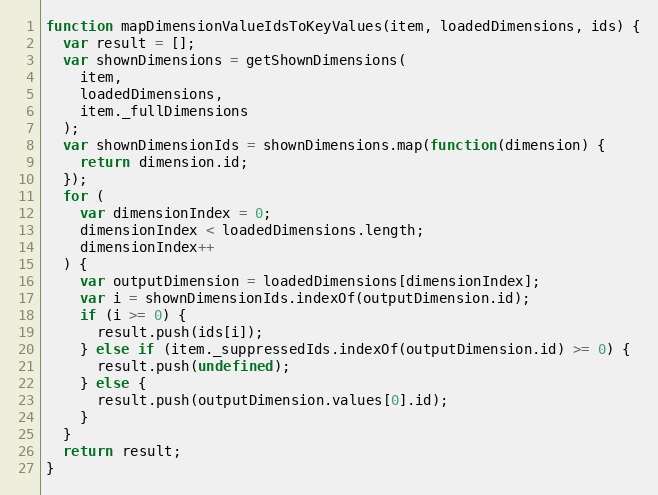
Language: JavaScript
function mapDimensionValueIdsToKeyValues(item, loadedDimensions, ids) {
  var result = [];
  var shownDimensions = getShownDimensions(
    item,
    loadedDimensions,
    item._fullDimensions
  );
  var shownDimensionIds = shownDimensions.map(function(dimension) {
    return dimension.id;
  });
  for (
    var dimensionIndex = 0;
    dimensionIndex < loadedDimensions.length;
    dimensionIndex++
  ) {
    var outputDimension = loadedDimensions[dimensionIndex];
    var i = shownDimensionIds.indexOf(outputDimension.id);
    if (i >= 0) {
      result.push(ids[i]);
    } else if (item._suppressedIds.indexOf(outputDimension.id) >= 0) {
      result.push(undefined);
    } else {
      result.push(outputDimension.values[0].id);
    }
  }
  return result;
}